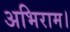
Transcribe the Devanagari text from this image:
अभिराम।